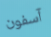
آسفون